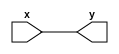
`timescale 1ns / 1ps

module displayB
(
    input[5:0] x,
    output[5:0] y
);
//This module is to set the output as the second 8 bit number   
assign y=x;
endmodule